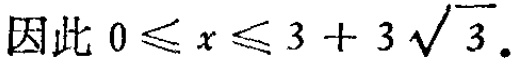
因此 \(0 \leq x \leq 3 + 3\sqrt{3}\).